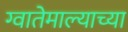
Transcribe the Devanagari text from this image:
ग्वातेमाल्याच्या